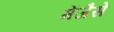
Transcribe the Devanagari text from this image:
मेंजैसे